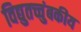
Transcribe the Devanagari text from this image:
विद्युतच्चुंबकीय